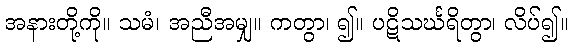
အနားတို့ကို။ သမံ၊ အညီအမျှ။ ကတွာ၊ ၍။ ပဋိသင်္ဃရိတွာ၊ လိပ်၍။